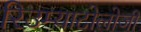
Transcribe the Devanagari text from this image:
रिउम्याटोलोजी